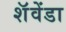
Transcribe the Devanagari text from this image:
शॅवेंडा